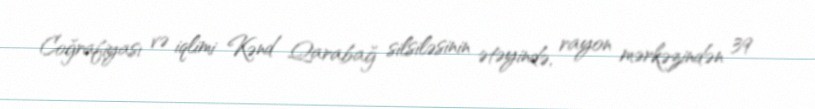
Coğrafiyası və iqlimi Kənd Qarabağ silsiləsinin ətəyində, rayon mərkəzindən 39